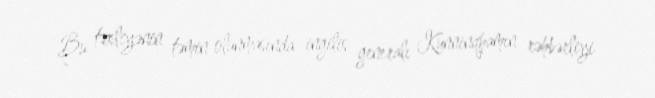
Bu təxliyənin təmin olunmasında ingilis generalı Kunninqhamın rəhbərliyi